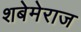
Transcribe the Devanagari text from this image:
शबेमेराज